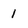
Character: 1